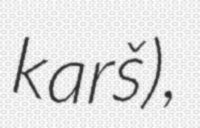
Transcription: karš),